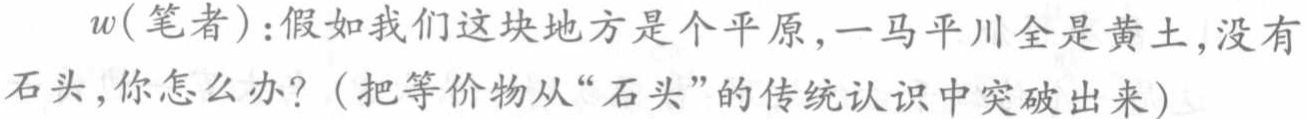
\(w(笔者):假如我们这块地方是个平原,一马平川全是黄土,没有石头,你怎么办?（把等价物从“石头”的传统认识中突破出来）\)